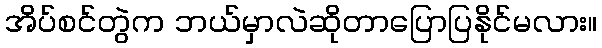
အိပ်စင်တွဲက ဘယ်မှာလဲဆိုတာပြောပြနိုင်မလား။